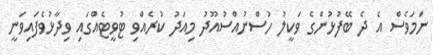
ނަމަވެސް އެ ދެ ބޭފުޅުންގެ ވަކީލު ހުސްނުއްސުއޫދު މިއަދު ކުރެއްވި ޓުވީޓެއްގައި ވިދާޅުވެފައިވަނީ